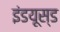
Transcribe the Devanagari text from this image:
इंडयूस्ड